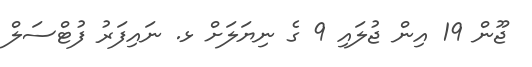
ޖޫން 19 އިން ޖުލައި 9 ގެ ނިޔަލަށް ޅ. ނައިފަރު ފުޓްސަލް